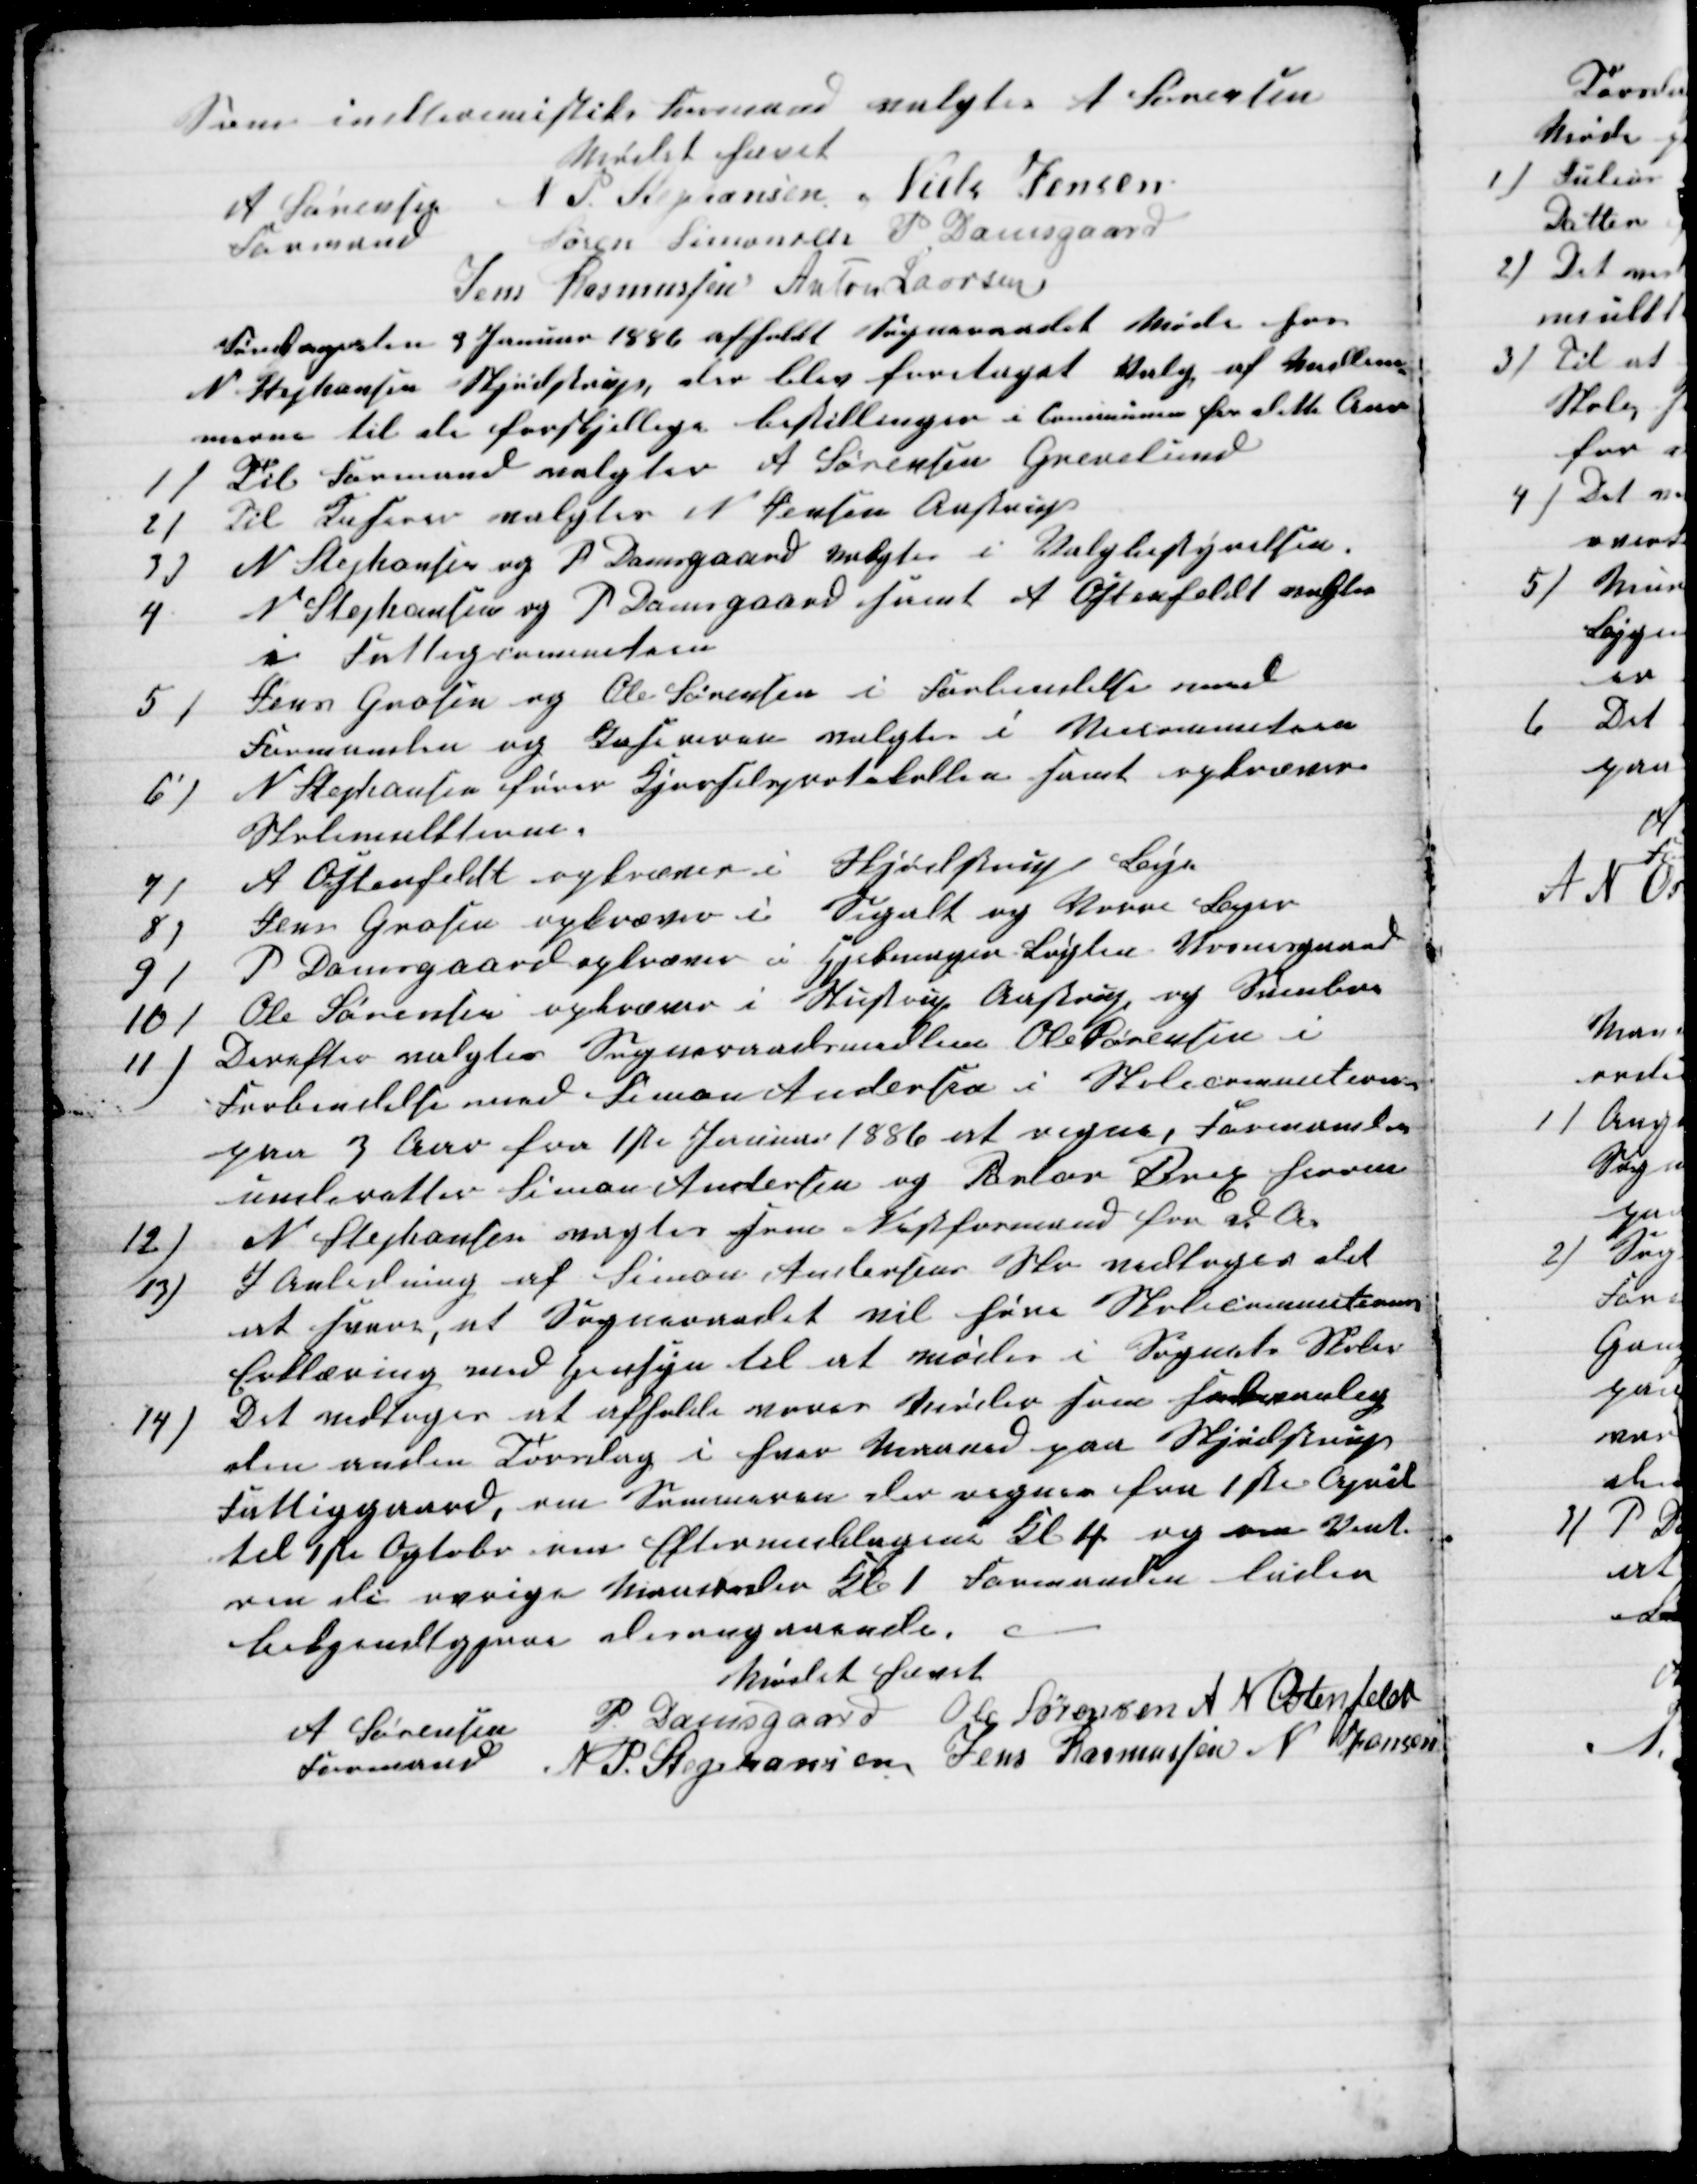
Transskription:
Som indteremistiks Formand valgtes A Sørensen
Mødet hævet
A Sørensen
Formand
N P. Stephansen Niels Jensen
Søren Simonsen P Damsgaard
Jens Rasmussen Anton Laursen
Løverdagen den 9 Januar 1886 afholdt Sogneraadet Møde hos
N Stephansen Skjødstrup, der blev foretaget Valg af Medlem-
merne til de forskjellige bestillinger i Communen for dette Aar
1)
Til Formand valgtes A Sørensen Grevelund
2)
Til Kaserer valgtes N Jensen Aastrup
3)
N Stephansen og P Damsgaard valgtes i Valgbestyrelsen.
4
N Stephansen og P Damsgaard samt A Ostenfeldt valgtes
i Fattigcommition
5)
Jens Grosen og Ole Sørensen i Forbindelse med
Formanden og Kaseren valgtes i Veicommition
6)
N Stephansen fører Kjørselsprotokollen samt opkræver
Skolemulkterne.
7)
A Ostenfeldt opkræver i Skjødstrup Sogn
8)
Jens Grosen opkræver i Segalt og Vorre Sogne
9)
P Damsgaard opkræver i Hjelmager Løgten Vosnesgaard
10)
Ole Sørensen opkræver i Stustrup Aastrup og Svinboe
11)
Derefter valgtes Sogneraadsmedlem Ole Sørensen i
Forbindelse med Simon Andersen i Skolecommitionen
paa 3 Aar fra 1ste Januar 1886 et regne, Formanden
underetter Simon Andersen og Pastor Brix herom
12)
N Stephansen vagtes som Næstformand for d. A.
13)
I Anledning af Simon Andersens Skr vedtoges det
at svare, at Sogneraadet vil høre Skolecommitionens
Erklæring med Hensyn til at mødes i Sognets Skoler
14)
Det vedtoges at afholde vores Møder som sædvanlig
den anden Torsdag i hver Maaned paa Skjødstrup
Fattiggaard, om Sommeren der regnes fra 1ste April
til 1ste Ogtober om Eftermiddagene Kl 4 og om Vinte-
ren de øvrige Maaneder Kl. 1 Formanden lader
bekjendtgjøre desangaaende.
Mødet hævet
A Sørensen
Formand
P Damsgaard Ole Sørensen A N Ostenfeldt
N. P. Stephansen Jens Rasmussen N Jensen